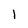
Character: 1